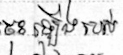
ចុះឡើងរបស់